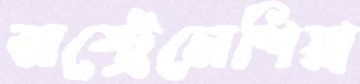
অস্ট্রেলেশিয়া